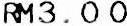
RM3.00